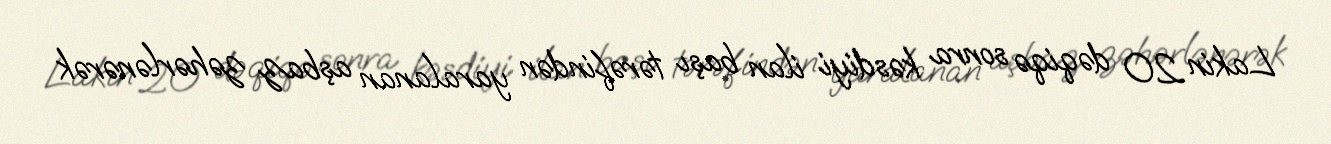
Lakin 20 dəqiqə sonra kəsdiyi ilan başı tərəfindən yaralanan aşbaz zəhərlənərək